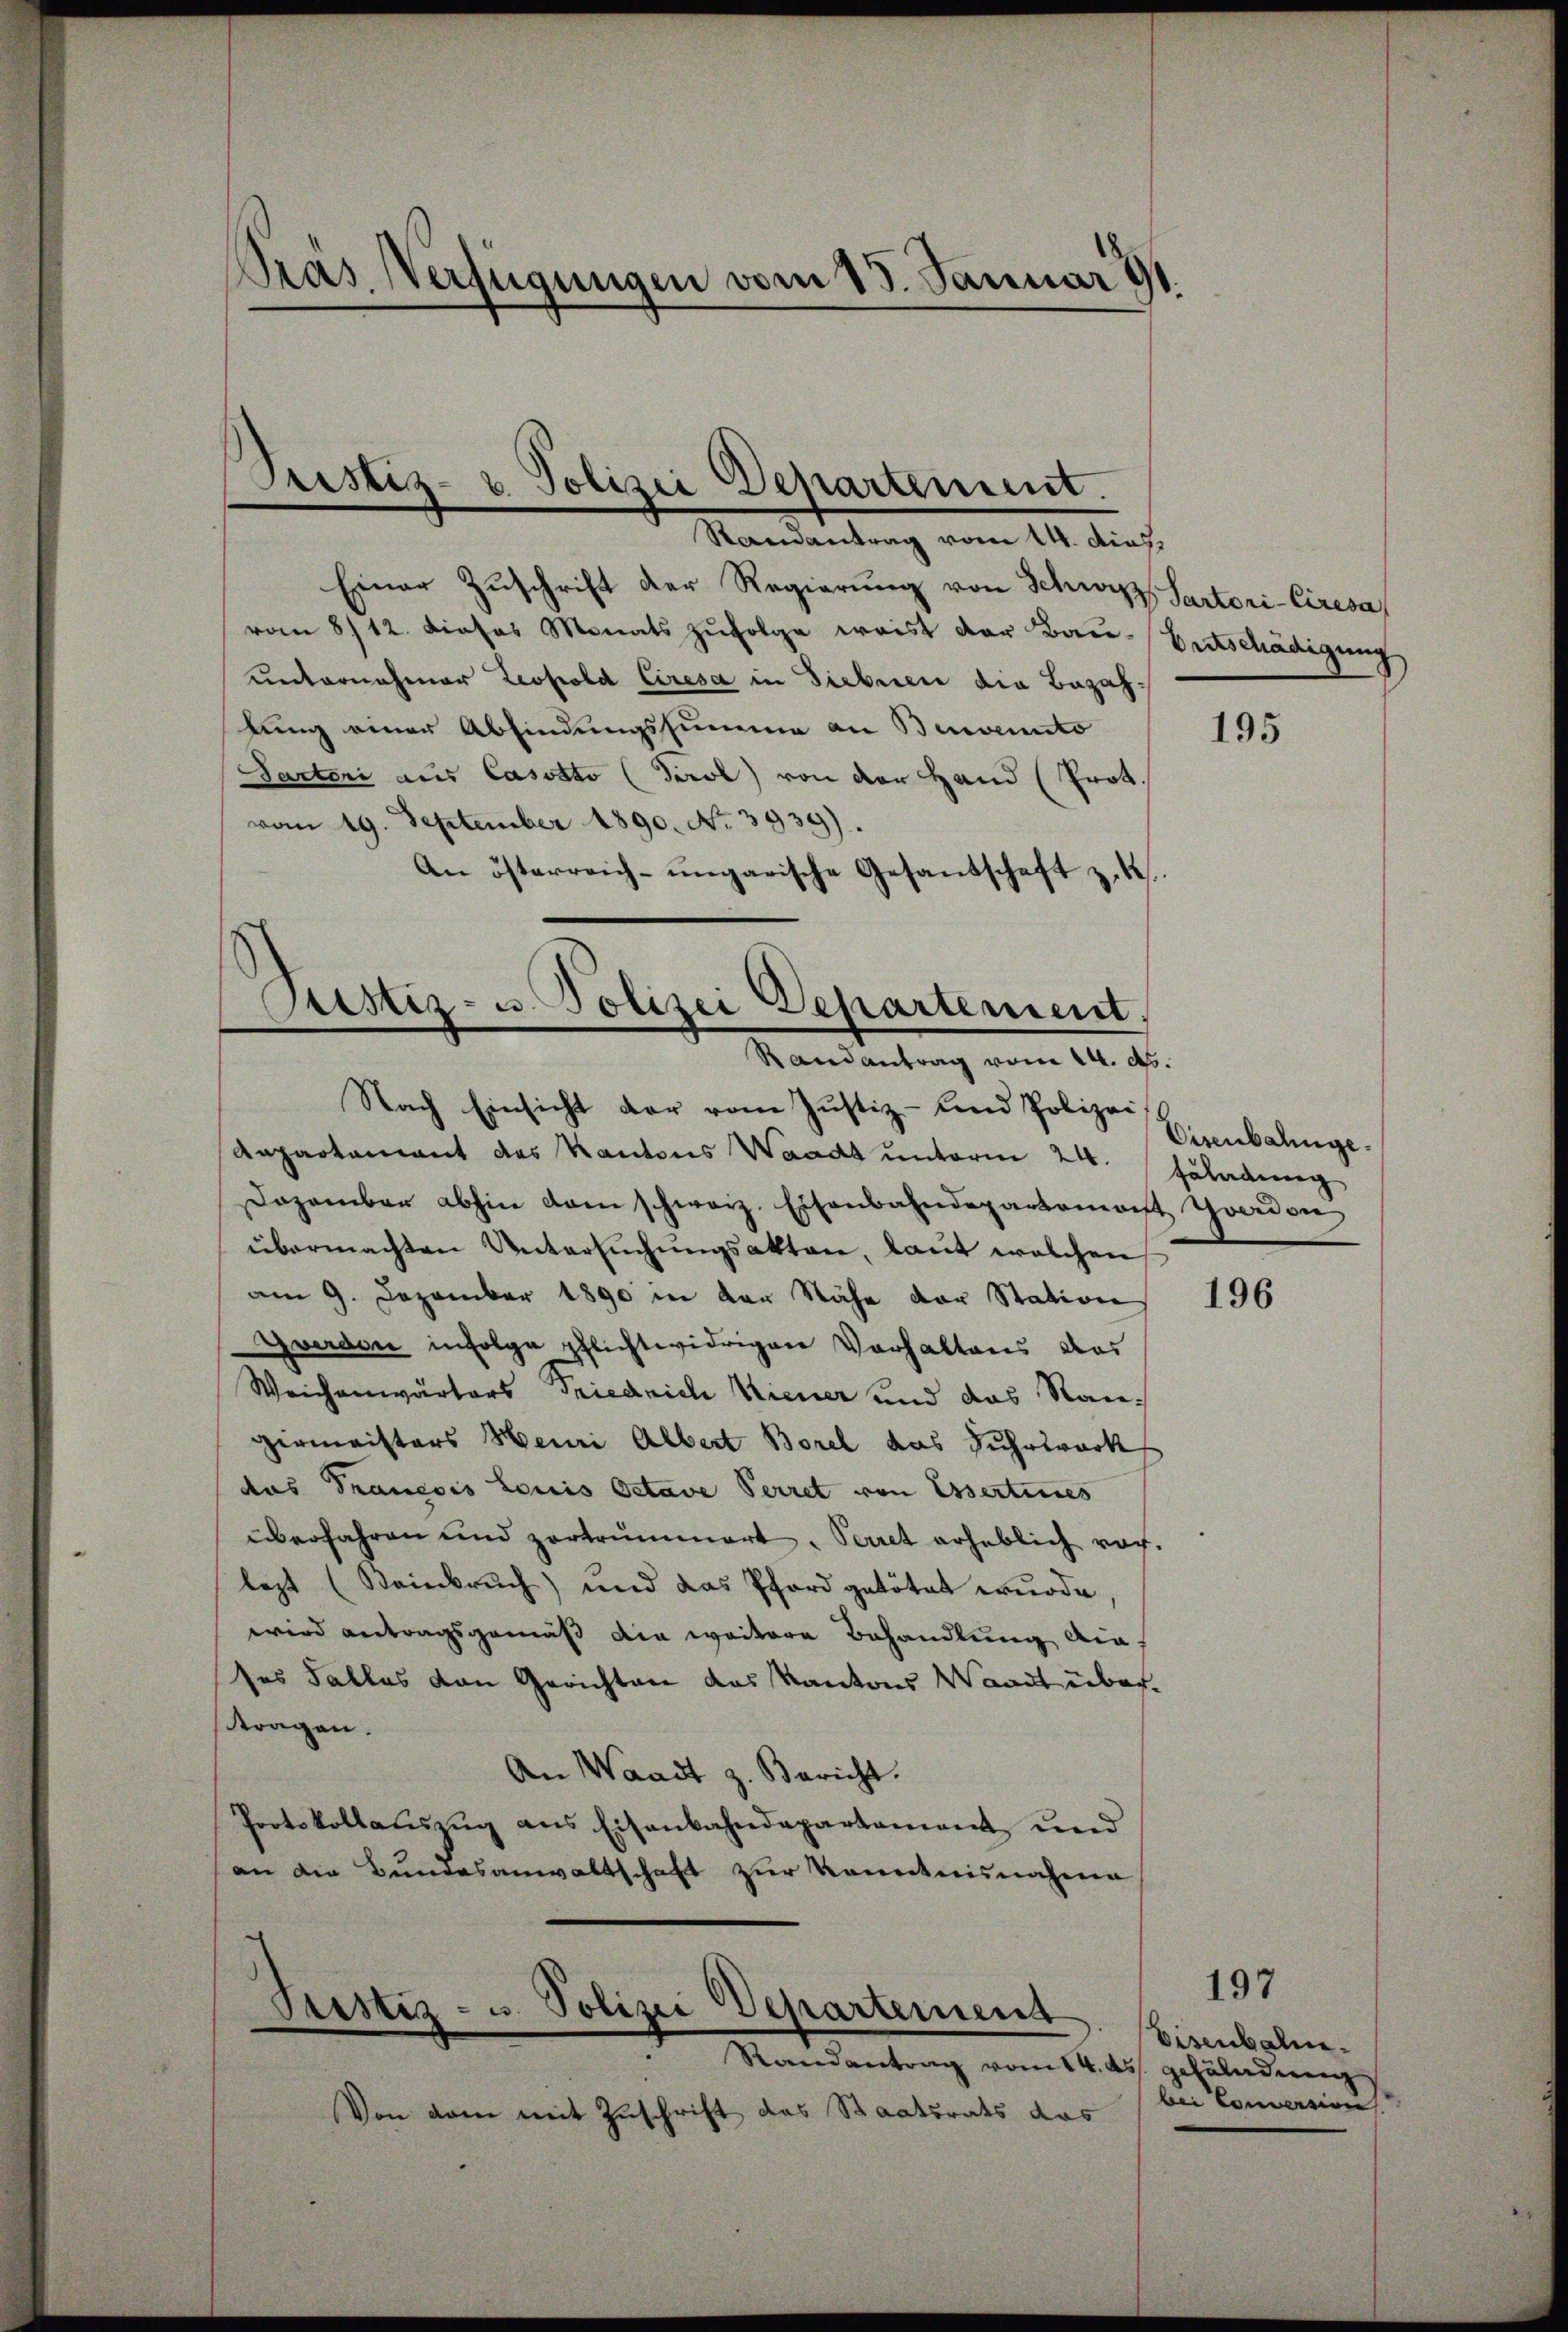
Pras Verfügungen vom 15. Januars

Prestiz- & Polizei Departement.
Randantrag vom 14. dies,

Einer Zŭschrift der Regierŭng von Schwyz, Partori-Ciresa
vom 8/12. Dieses Monats zufolge weist der Bau-Entschädigung
unternehmer Leopold Ciresa in Siebner die Bezahlung einer Abfindungssumme an Bevenuto
Sartoni aus Casotto (Tirol von der Hand (Prot.
vom 19. September 1890. No. 3939).
An österreich-ungarische Gesandschaft z. K.

Sistiz- u. Polizei Departement,
Randantrag vom 14. ds.

Von dem mit Zuschrift das Staatsrats das

Nach Einsicht der vom Justiz- und Polizeist
Anpartement des Kantons Waadt unterm 24. geladung
Dezember abhin dem schweiz. Eisenbahndepartement Thocrion
übermachten Untersuchungsakten, laut welchen
am 9. Dezember 1890 in der Nähe der Station
Gwerden infolge pflichtwidrigen Vorhaltens das
Weichenwärters Friedrich Wiener und das Raugirmaisters Heuri Albert Borel das Fuhrwerk
das Trancois Louis Octave Perret von Essertines
überfahren und zertrümmert. Perret erheblich vor.
lezt (Steinbrŭch) und das Pford getötet wŭrde,
wird antragsgemäß die weitere Behandlung dieses Falles von Gerichten das Kantons Waadt übertragen.
An Waadt z. Bericht.
Protokollauszug aus Eisenbahndepartament und
an die Bundesanwaltschaft zur Kenntnisnahmen

Pustiz- u. Polizei Departement
Randantrag vom 14. ds. gefäladung

195

Eisenbahnge.

196

197
Visenbahn.
bei Conversion.